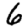
Digit: 6